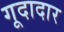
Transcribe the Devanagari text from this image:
गूदादार